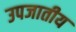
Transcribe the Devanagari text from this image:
उपजातीय